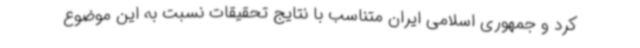
کرد و جمهوری اسلامی ایران متناسب با نتایج تحقیقات نسبت به این موضوع